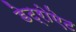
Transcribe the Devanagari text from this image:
डेट्रोऐट